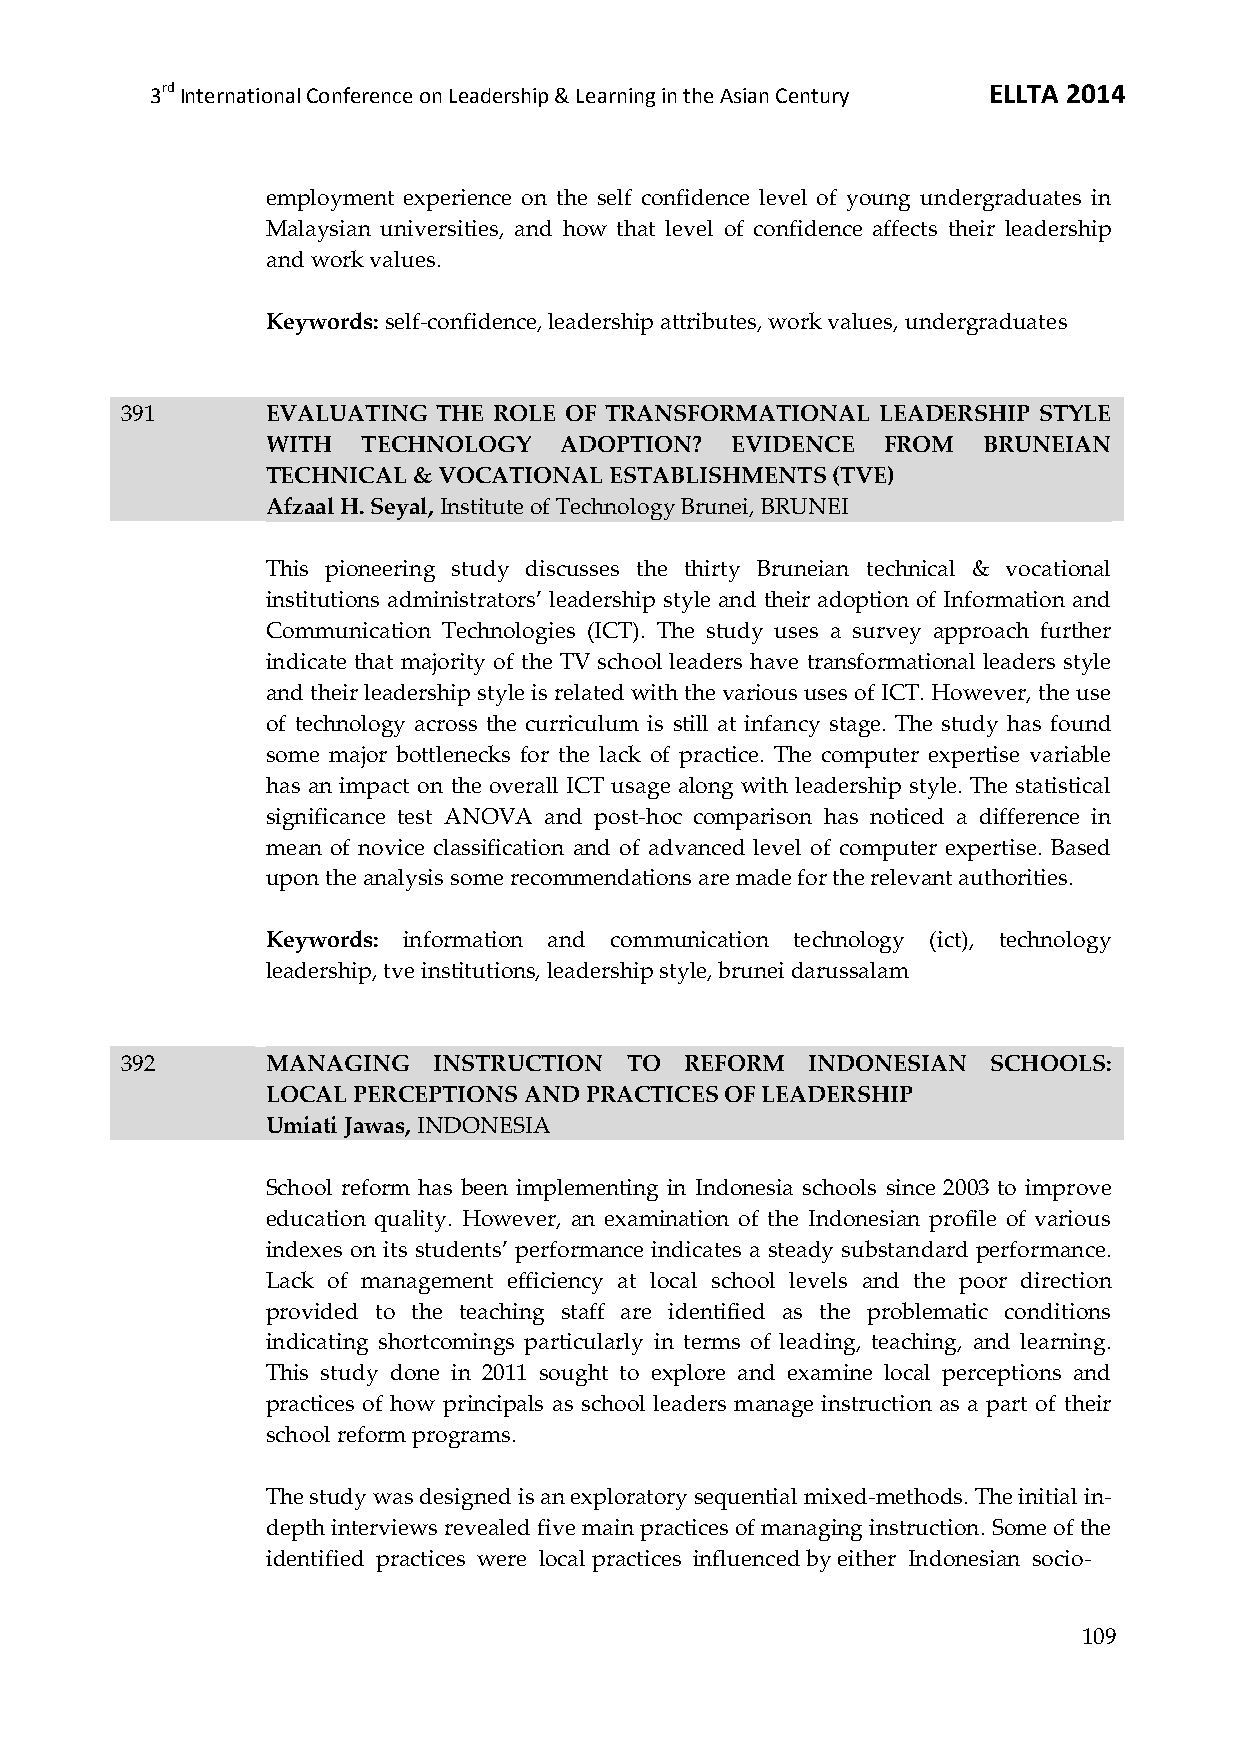
3rd International Conference on Leadership & Learning in the Asian Century ELLTA 2014
 employment experience on the self confidence level of young undergraduates in
 Malaysian universities, and how that level of confidence affects their leadership
 and work values.
 Keywords: self-confidence, leadership attributes, work values, undergraduates
 391       EVALUATING THE ROLE OF TRANSFORMATIONAL LEADERSHIP STYLE
 WITH  TECHNOLOGY   ADOPTION?  EVIDENCE  FROM   BRUNEIAN
 TECHNICAL & VOCATIONAL ESTABLISHMENTS (TVE)
 Afzaal H. Seyal, Institute of Technology Brunei, BRUNEI
 This pioneering study discusses the thirty Bruneian technical & vocational
 institutions administrators’ leadership style and their adoption of Information and
 Communication Technologies (ICT). The study uses a survey approach further
 indicate that majority of the TV school leaders have transformational leaders style
 and their leadership style is related with the various uses of ICT. However, the use
 of technology across the curriculum is still at infancy stage. The study has found
 some major bottlenecks for the lack of practice. The computer expertise variable
 has an impact on the overall ICT usage along with leadership style. The statistical
 significance test ANOVA and post-hoc comparison has noticed a difference in
 mean of novice classification and of advanced level of computer expertise. Based
 upon the analysis some recommendations are made for the relevant authorities.
 Keywords: information and communication technology (ict), technology
 leadership, tve institutions, leadership style, brunei darussalam
 392       MANAGING   INSTRUCTION TO  REFORM  INDONESIAN   SCHOOLS:
 LOCAL PERCEPTIONS AND PRACTICES OF LEADERSHIP
 Umiati Jawas, INDONESIA
 School reform has been implementing in Indonesia schools since 2003 to improve
 education quality. However, an examination of the Indonesian profile of various
 indexes on its students’ performance indicates a steady substandard performance.
 Lack of management efficiency at local school levels and the poor direction
 provided to the teaching staff are identified as the problematic conditions
 indicating shortcomings particularly in terms of leading, teaching, and learning.
 This study done in 2011 sought to explore and examine local perceptions and
 practices of how principals as school leaders manage instruction as a part of their
 school reform programs.
 The study was designed is an exploratory sequential mixed-methods. The initial in-
 depth interviews revealed five main practices of managing instruction. Some of the
 identified practices were local practices influenced by either Indonesian socio-
 109